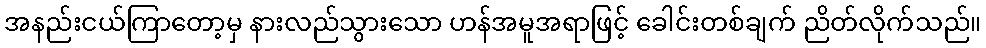
အနည်းငယ်ကြာတော့မှ နားလည်သွားသော ဟန်အမူအရာဖြင့် ခေါင်းတစ်ချက် ညိတ်လိုက်သည်။